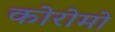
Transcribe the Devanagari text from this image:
कोरोमो